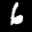
Label: 6